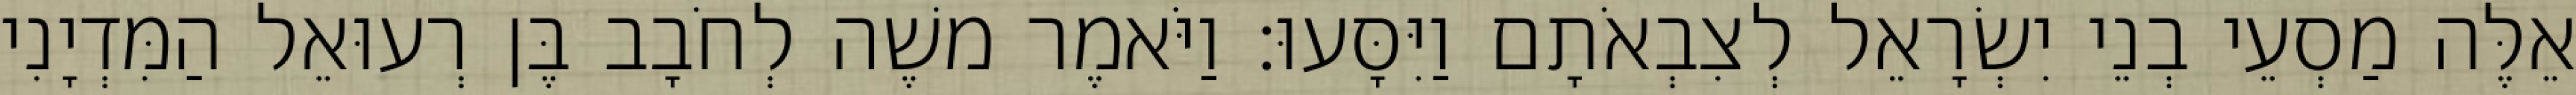
אֵלֶּה מַסְעֵי בְנֵי יִשְׂרָאֵל לְצִבְאֹתָם וַיִּסָּעוּ׃ וַיֹּאמֶר משֶׁה לְחֹבָב בֶּן רְעוּאֵל הַמִּדְיָנִי